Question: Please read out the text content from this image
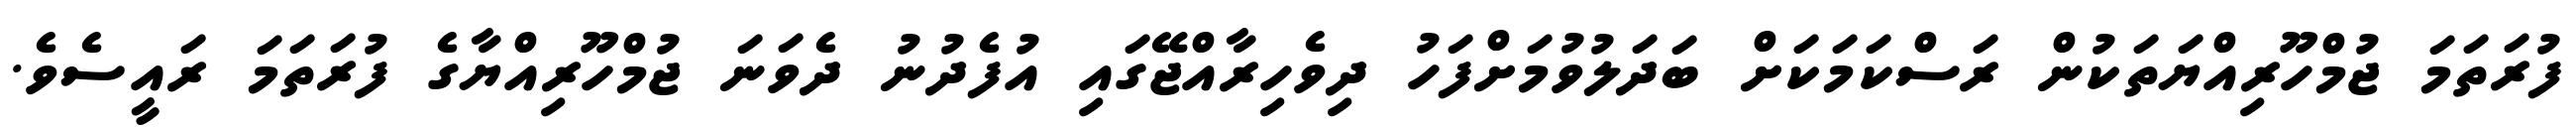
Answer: ފުރަތަމަ ޖުމްހޫރިއްޔަތަކުން ރަސްކަމަކަށް ބަދަލުވުމަށްފަހު ދިވެހިރާއްޖޭގައި އުފެދުނު ދެވަނަ ޖުމްހޫރިއްޔާގެ ފުރަތަމަ ރައީސެވެ.